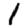
Digit: 1